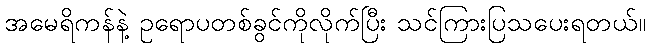
အမေရိကန်နဲ့ ဥရောပတစ်ခွင်ကိုလိုက်ပြီး သင်ကြားပြသပေးရတယ်။